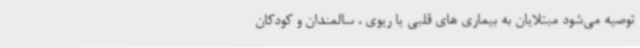
توصیه می‌شود مبتلایان به بیماری های قلبی یا ریوی ، سالمندان و کودکان